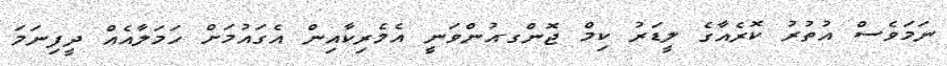
ނަމަވެސް އުތުރު ކޮރެއާގެ ލީޑަރު ކިމް ޖޮންގ-އުންވަނީ އެމެރިކާއިން އެގައުމަށް ހަމަލާއެއް ދީފިނަމަ